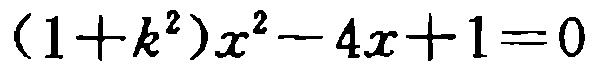
\((1 + k^{2})x^{2}-4x + 1 = 0\)